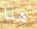
هنا